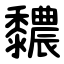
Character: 䵜